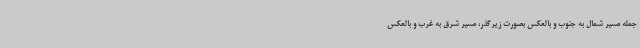
جمله مسیر شمال به جنوب و بالعکس بصورت زیرگذر، مسیر شرق به غرب و بالعکس